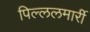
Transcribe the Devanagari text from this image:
पिल्‍ललमार्री